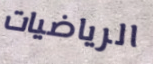
الرياضيات